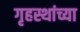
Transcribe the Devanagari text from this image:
गृहस्थांच्या